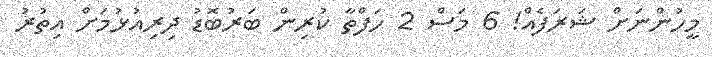
މީހުންނަށް ޝަރަފެއް! 6 މަސް 2 ހަފްތާ ކުރިން ބަރުބޮޑު ދިރިއުޅުމަށް އިތުރު